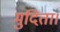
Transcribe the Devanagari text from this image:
मुदिता।